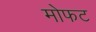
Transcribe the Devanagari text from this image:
मोफट